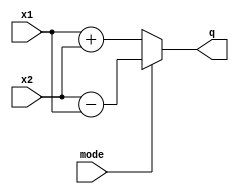
`timescale 1ns/1ns
module adderSubtractor #(parameter n = 13)(x1, x2, mode, q);
  input signed[n:0] x1;
  input signed[n:0] x2;
  input mode;
  output signed [n:0] q;
  assign q = mode ? x2-x1 : x1+x2;
endmodule